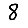
Digit: 8